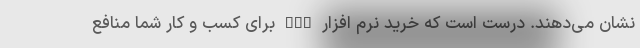
نشان می‌دهند. درست است که خرید نرم افزار CRM برای کسب و کار شما منافع